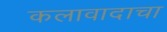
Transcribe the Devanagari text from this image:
कलावादाचा